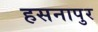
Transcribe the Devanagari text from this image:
हसनापुर